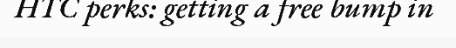
HTC perks: getting a free bump in